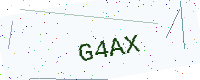
Text: G4AX